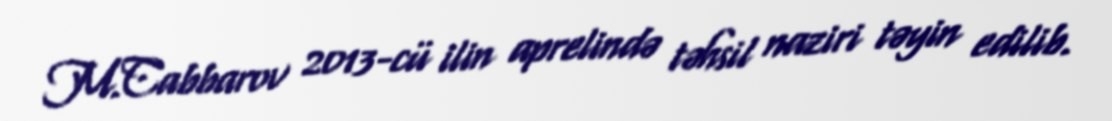
M.Cabbarov 2013-cü ilin aprelində təhsil naziri təyin edilib.